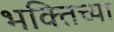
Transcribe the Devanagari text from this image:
भक्तिच्या